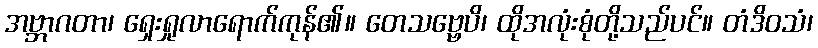
အဗ္ဘာဂတာ၊ ရှေးရှုလာရောက်ကုန်၏။ တေသဗ္ဗေပိ၊ ထိုအလုံးစုံတို့သည်ပင်။ တံဒိဝသံ၊